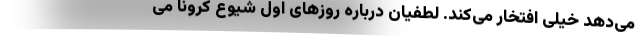
می‌دهد خیلی افتخار می‌کند. لطفیان درباره روزهای اول شیوع کرونا می